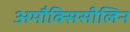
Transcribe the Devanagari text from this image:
अमौक्सिसीलिन